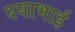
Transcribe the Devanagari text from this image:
दयाभाई